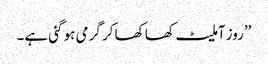
’’روز آملیٹ کھا کھا کر گرمی ہو گئی ہے۔